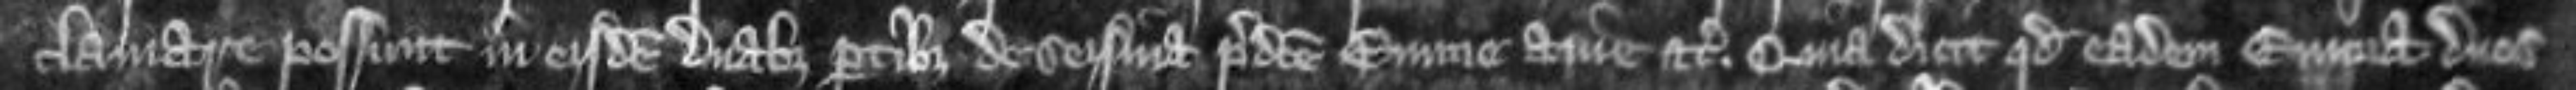
clamare possunt in eisdem duabus partibus de seisina predicte Emme avie etc Quia dicit quod eadem Emma duos